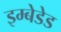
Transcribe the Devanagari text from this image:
इम्बेडेड